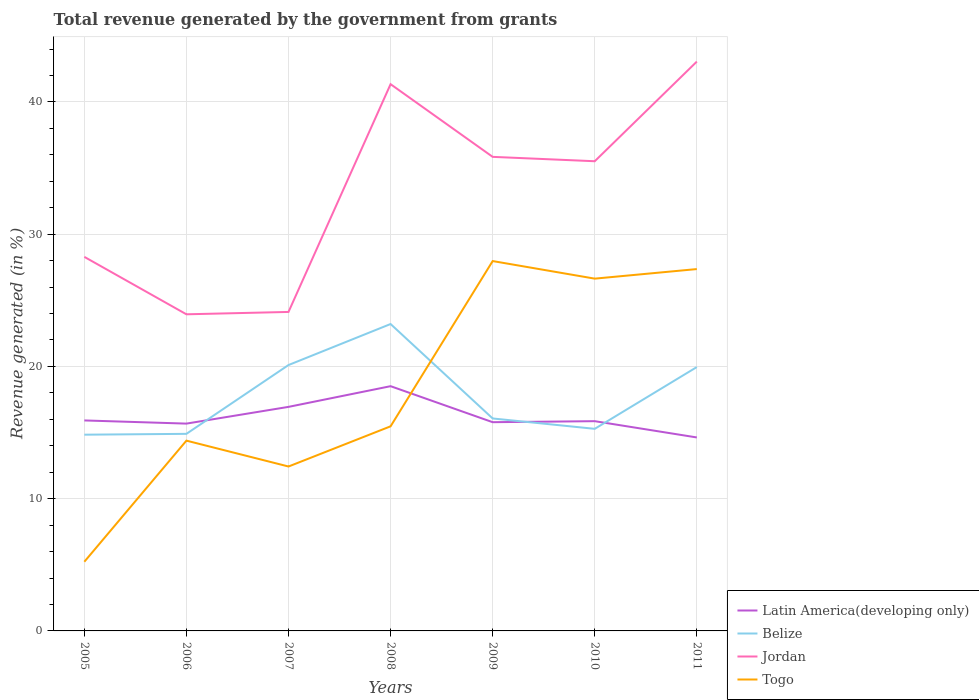
| Years | Latin America(developing only) | Belize | Jordan | Togo |
 | --- | --- | --- | --- | --- |
 | 2005 | 15.9 | 14.8 | 28.3 | 5.23 |
 | 2006 | 15.7 | 14.9 | 23.9 | 14.4 |
 | 2007 | 16.9 | 20.1 | 24.1 | 12.4 |
 | 2008 | 18.5 | 23.2 | 41.3 | 15.5 |
 | 2009 | 15.8 | 16.1 | 35.8 | 28 |
 | 2010 | 15.9 | 15.3 | 35.5 | 26.6 |
 | 2011 | 14.6 | 20 | 43.1 | 27.4 |